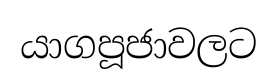
යාගපූජාවලට